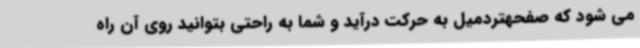
می شود که صفحهتردمیل به حرکت درآید و شما به راحتی بتوانید روی آن راه